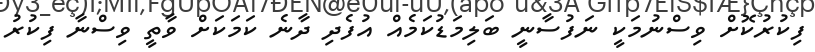
ފިކުރުކޮށް ވިސްނުމަކީ ނަފުސާނީ ބަލިމަޑުކަމެއް އުފެދި ދާނެ ކަމަކަށް ވާތީ ވިސްނާ ފިކުރު